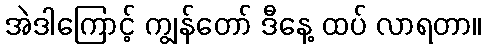
အဲဒါကြောင့် ကျွန်တော် ဒီနေ့ ထပ် လာရတာ။